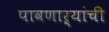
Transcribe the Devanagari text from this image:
पावणाऱ्यांची